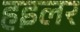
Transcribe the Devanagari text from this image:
हइलर